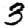
Digit: 3